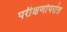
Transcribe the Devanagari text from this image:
परीक्षणोपरांत